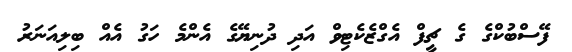
ފޭސްބުކްގެ ގެ ޗީފް އެގްޒެކެޓިވް އަދި ދުނިޔޭގެ އެންމެ ހަގު އެއް ބިލިއަނަރު